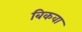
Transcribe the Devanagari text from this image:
बिकवा